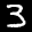
Label: 3